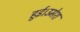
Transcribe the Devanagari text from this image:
हुई।उमेश